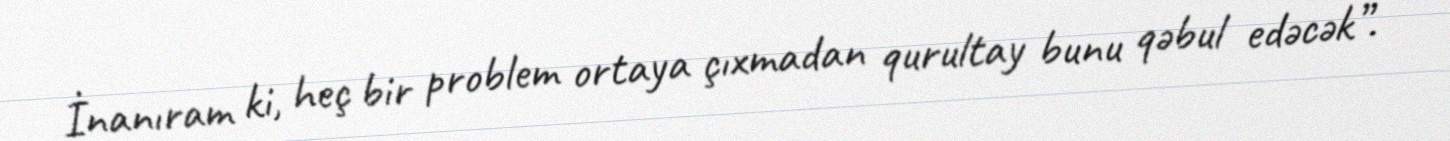
İnanıram ki, heç bir problem ortaya çıxmadan qurultay bunu qəbul edəcək”.